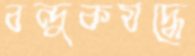
বন্দুকযদ্ধে